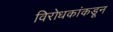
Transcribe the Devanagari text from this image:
विरोधकांकडून